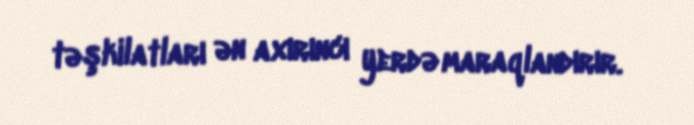
təşkilatları ən axırıncı yerdə maraqlandırır.